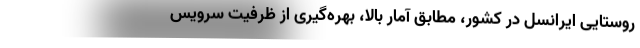
روستایی ایرانسل در کشور، مطابق آمار بالا، بهره‌گیری از ظرفیت سرویس